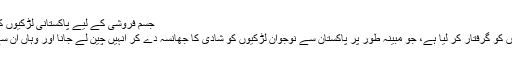
جسم فروشی کے لیے پاکستانی لڑکیوں کی چین اسمگلنگ — مسیحی میڈیا
پاکستان نے آٹھ ایسے چینی شہریوں کو گرفتار کر لیا ہے، جو مبینہ طور پر پاکستان سے نوجوان لڑکیوں کو شادی کا جھانسہ دے کر انہیں چین لے جانا اور وہاں ان سے جسم فروشی کرانا چاہتے تھے۔